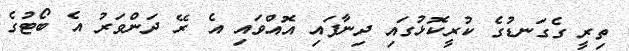
ތިރީ ގެގަނޑުގެ ކުރީކޮޅުގައި ދިނާފައި އޮއްވައި އެ ރޭ ދަންވަރު އެ ބޯޓުގެ